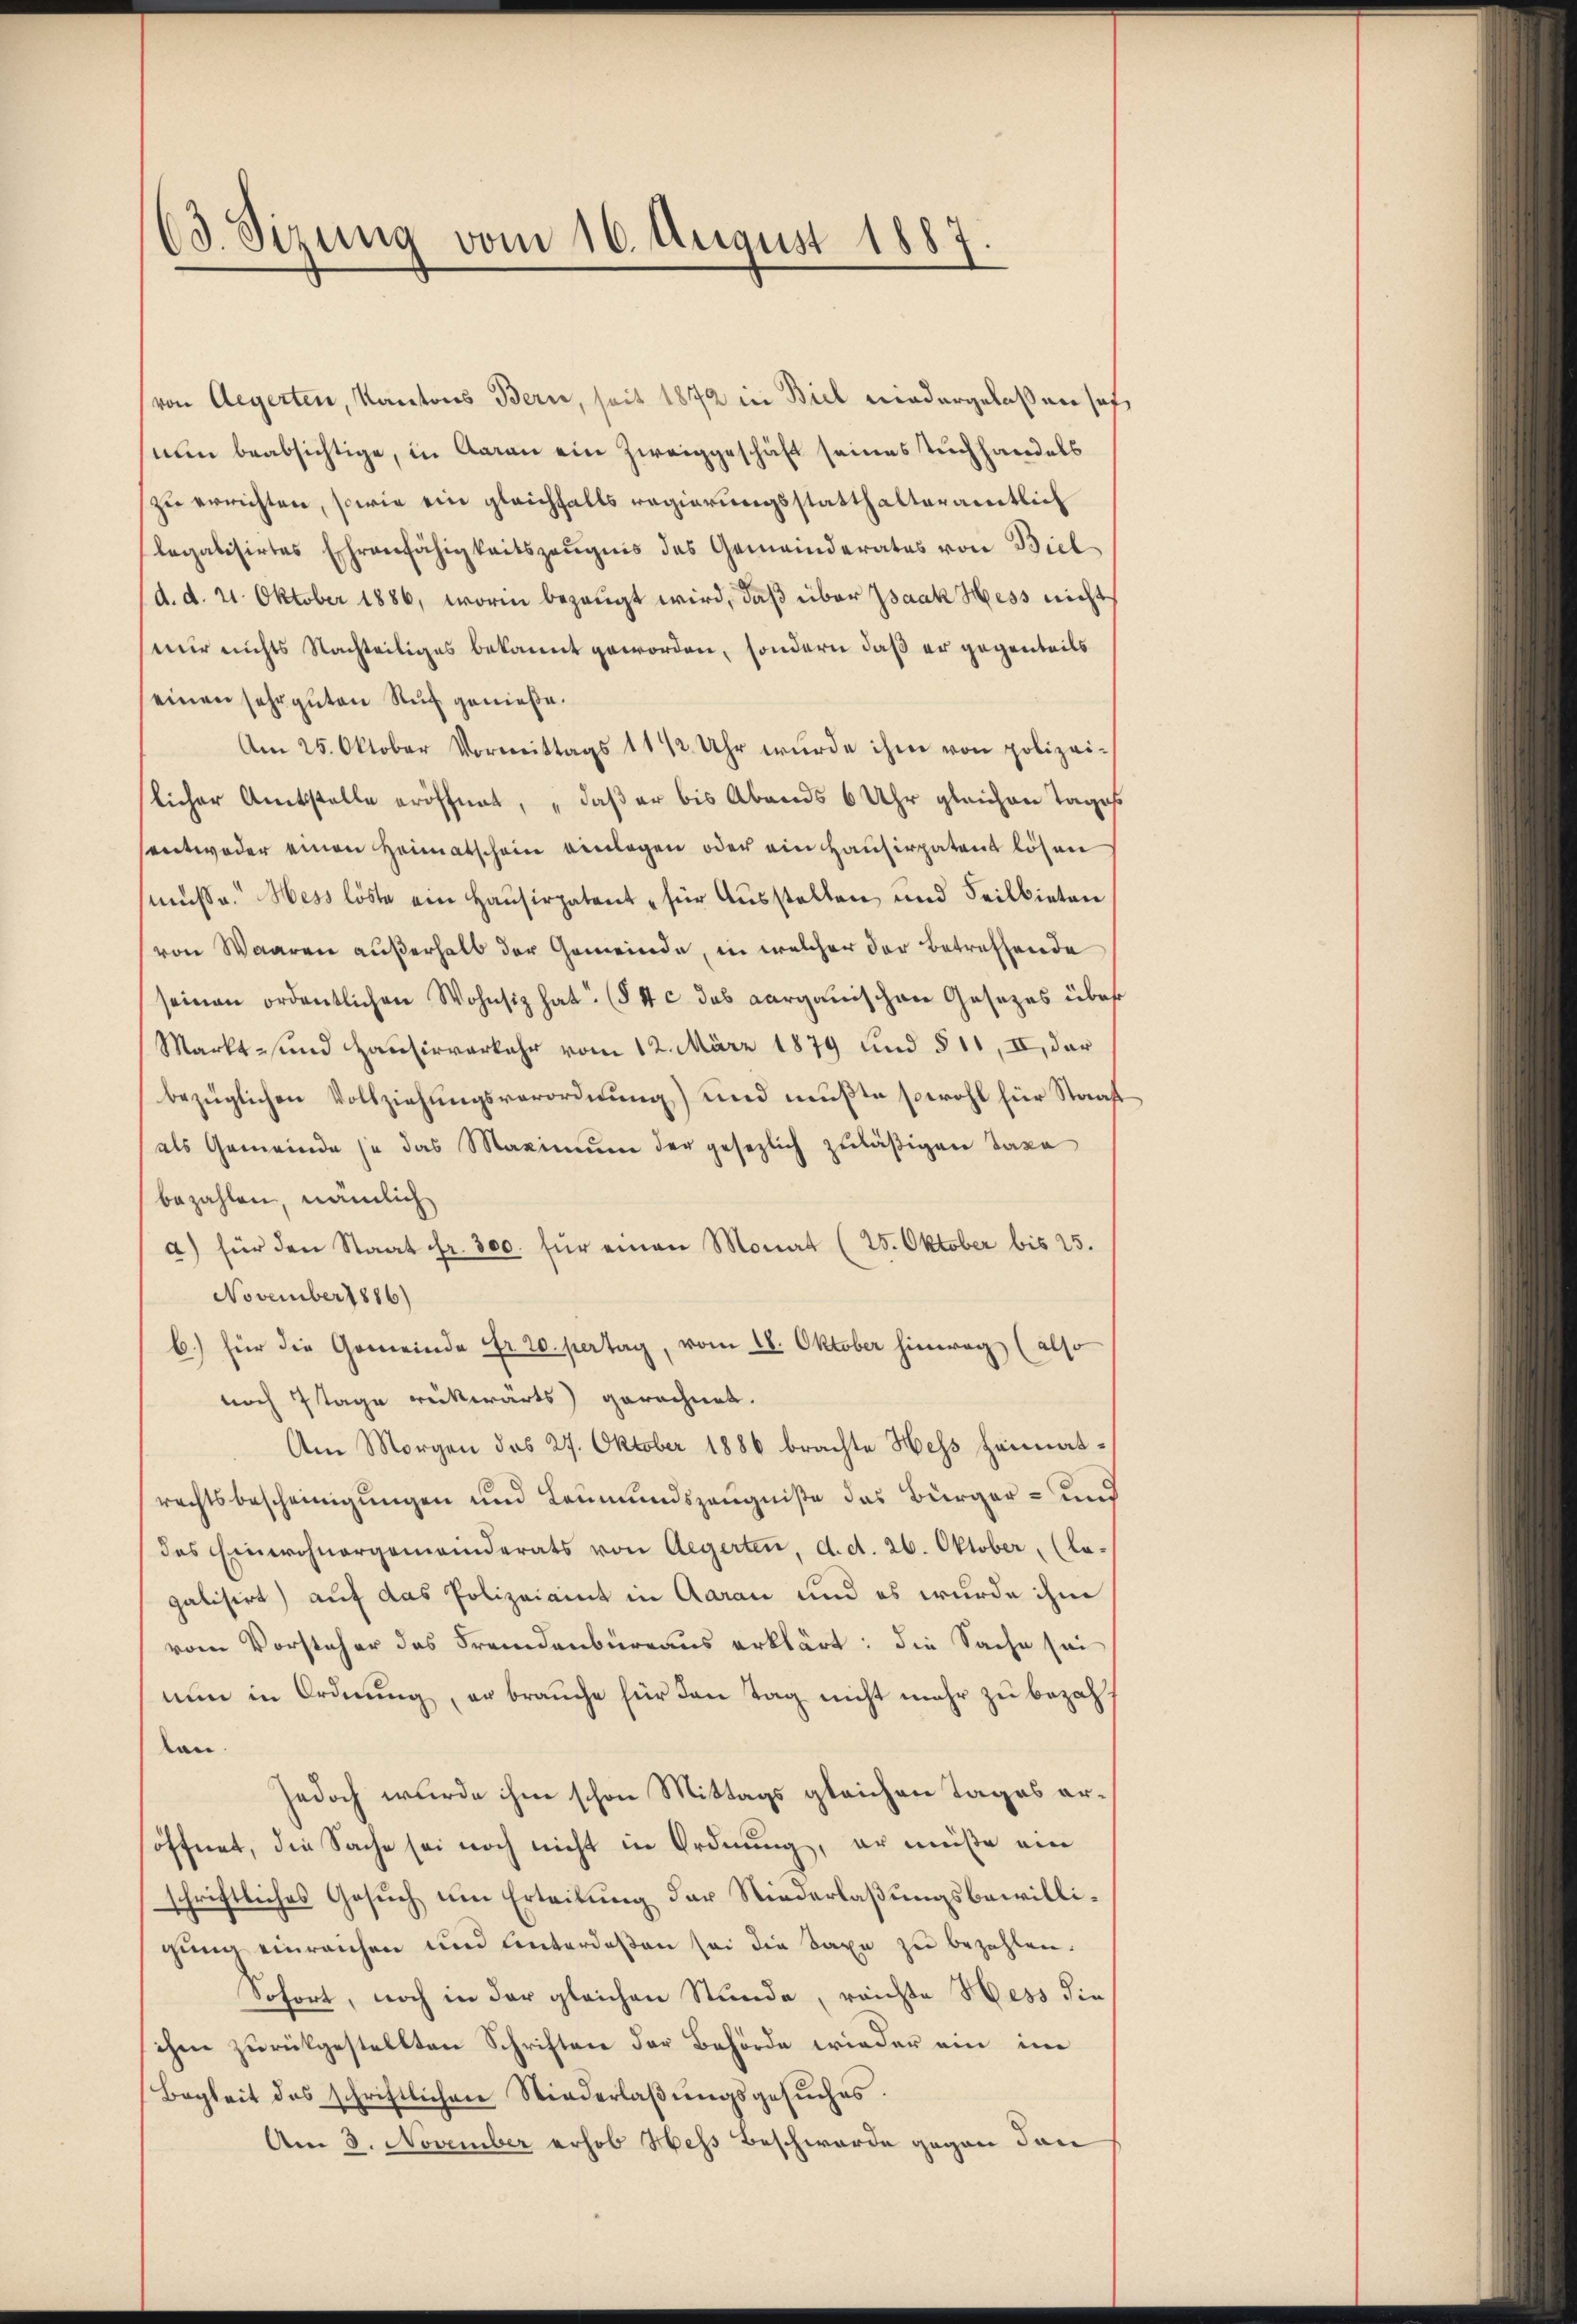
63. Sizung vom 16. August 1887.

von Aegerten, Kantons Bern, seit 1872 in Biel niedergelassen seh
num beabsichtige, in Aaran ein Zweiggeschäft seines Tuchhandels
zu errichten, sowie ein gleichfalls regierungsstatthalteramtlich
legalisirtes Ehrenfähigkeitszeŭgnis des Gemeinderates von Biel
d. d. 21. Oktober 1886, worin bezeugt wird, daß über Isaak Hess nicht
mir nichts Nachteiliges bekannt geworden, sondern daß er gegenteils
einen sehr guten Ruf genieße.
Am 25. Oktober Vormittags 1 1/2 Uhr wurde ihm von polizeilicher Amtsstelle eröffnet, „daß er bis Abends 6 Uhr gleichen Tage
sentweder einen Heimatschein einlegen oder ein Hausirpatent lösen
müße. Hess löste ein Hausirpatent für Ausstellen und Seilbieten
von Waaren außerhalb der Gemeinde, in welcher der betreffende
seinen ordentlichen Wohnsiz hat (§ 4 c. das aargauischen Gesezes über
Markt- und Hausirverkehr vom 12. März 1879 und § 11, II, der
bezüglichen Vollziehungsverordnung) und mußte sowohl für Straf
als Gemeinde je das Maximŭm der gesezlich zuläßigen Taxa
bezahlen, nämlich
a) für den Staat fr. 300. für einen Monat (25. Oktober bis 25.
November 1886)
b) für die Gemeinde Fr. 20. pertag, vom 18. Oktober hinweg (also
noch tage rückwärts gerechnet.
Am Morgen des 27. Oktober 1886 brachte Hess heimatrechtsbescheinigungen und Leumundszeugniße das Bürger- und
des Einwohnergemeinderats von Aegerten, d. d. 26. Oktober, (la-
galisirt) auf das Polizeiamt in Aarau und es wurde ihm
vom Vorsteher das Fremdenbureaus erklärt: die Sache sei
nun in Ordnung, er brauche für den Tag nicht mehr zu bezahtan.
jedoch wurde ihm schon Mittags gleichen Tages ersöffnet, die Sache sei noch nicht in Ordnung, er müße ein
schriftliches Gesuch um Erteilung der Niederlaßungsbewilligŭng einreichen und Unterdeßen sei die Taxe zu bezahlen.
Sofort, noch in der gleichen Stunde, reichte Hess die
ihm zurückgestellten Schriften der Behörde wieder ein im
Begleit des schriftlichen Niederlaβŭngsgesŭches.
Am 3. November erhob Hess Beschwerde gegen dan

¬

e